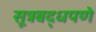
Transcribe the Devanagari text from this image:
सूत्रबद्धपणे